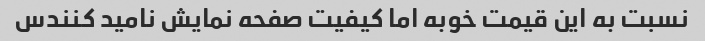
نسبت به این قیمت خوبه اما کیفیت صفحه نمایش نامید کنندس